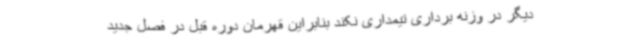
دیگر در وزنه برداری تیمداری نکند بنابراین قهرمان دوره قبل در فصل جدید